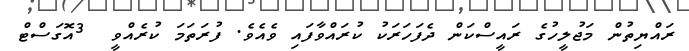
ރައްޔިތުން މަޖުލީހުގެ ރައީސްކަން ދެފަހަރަކު ކުރައްވާފައި ވެއެވެ. ފުރަތަމަ ކުރެއްވީ  3އޮގަސްޓް